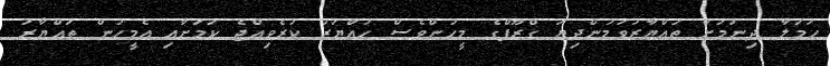
ހަމަލާ ދިނުމަށް ތައްޔާރުވަމުންދިޔަ ގްރޫޕްގެ މީހުންވެސް ހައްޔަރު ކުރެވިއްޖެ ކަމަށާއި އެމީހުން ތައްޔާރު